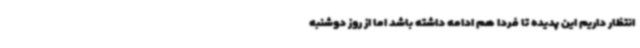
انتظار داریم این پدیده تا فردا هم ادامه داشته باشد اما از روز دوشنبه